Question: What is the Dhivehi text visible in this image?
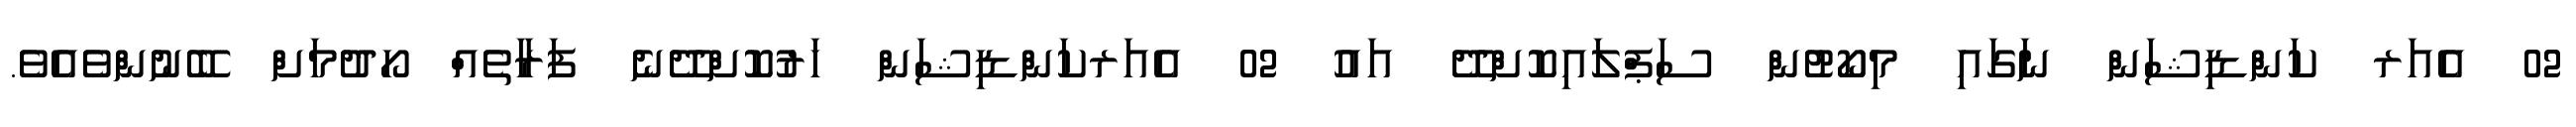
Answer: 02 އެއަރ ކަންޑިޝަން ނަގައި މިކޯޓުން ސަޕްލައިކޮށްދޭ އައު 02 އެއަރކަންޑިޝަން ހަރުކޮށްދޭނެ ފަރާތެއް ހޯދުމަށް ބޭނުންވެއެވެ.